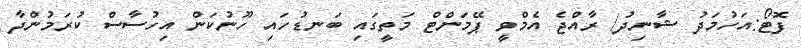
ފޮޓޯ:އަހުމަދު ޝާނިދު/ ރާއްޖެ އެމްވީ ޕޭމަންޓް މަތީގައި ބަނޑުހައި ހޫނުކަން އިހުސާސް ކުރަމުންދާ